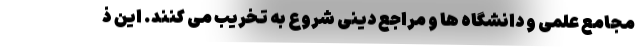
مجامع علمی و دانشگاه ها و مراجع دینی شروع به تخریب می کنند. این ذ